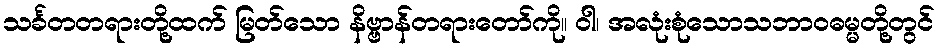
သင်္ခတတရားတို့ထက် မြတ်သော နိဗ္ဗာန်တရားတော်ကို။ ဝါ၊ အလုံးစုံသောသဘာဝဓမ္မတို့တွင်